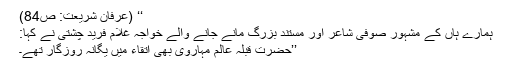
‘‘ (عرفان شریعت: ص84)
ہمارے ہاں کے مشہور صوفی شاعر اور مستند بزرگ مانے جانے والے خواجہ غلام فرید چشتی نے کہا:
’’حضرت قبلہ ٔعالم مہاروی بھی اتقاء میں یگانۂ روزگار تھے۔